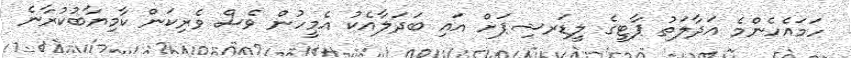
ހަމައެހެންމެ އަދާލަތު ޕާޓީގެ ލީޑަރޝިޕަށް އައި ބަދަލާއެކު އެމީހުން ވެސް ވެރިކަން ކާމިޔާބުކުރާނެ